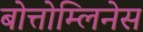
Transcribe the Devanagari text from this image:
बोत्तोम्लिनेस